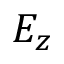
E _ { z }